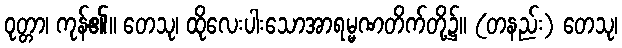
ဝုတ္တာ၊ ကုန်၏။ တေသု၊ ထိုလေးပါးသောအာရမ္မဏတိက်တို့၌။ (တနည်း) တေသု၊